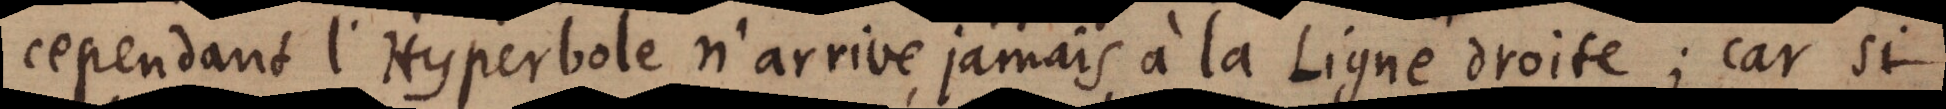
cependant l’Hyperbole n’arrive jamais à la Ligne droite; car si